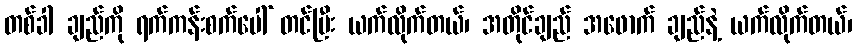
တစ်ခါ ချည်ကို ရက်ကန်းစက်ပေါ် တင်ပြီး ယက်လိုက်တယ်၊ အတိုင်ချည် အဖောက် ချည်နဲ့ ယက်လိုက်တယ်၊